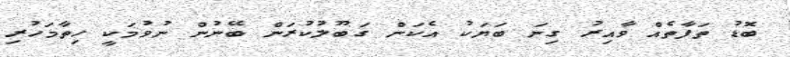
ބޮޑު ތަފާތެއް ވާއިރު ގިނަ ބަޔަކު އެކަން ގަބޫލުކުރަން ބޭނުން ނުވުމަކީ ހިތާމަހުރި